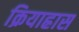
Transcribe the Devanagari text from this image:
क्रियाह्रास